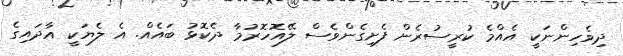
ދިވެހިންނަކީ އެއްމެ ކުރީސުރެން ފެށިގެންވެސް ލޭއޮހޮރުމާ ދެކޮޅު ބައެއް. އެ ލެޔަކީ އާދައިގެ